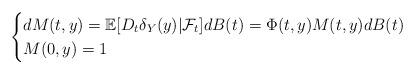
LaTeX: \begin{align*}\begin{cases}dM(t,y) = \mathbb{E}[D_t \delta_Y(y) | \mathcal{F}_t]dB(t)= \Phi(t,y)M(t,y) dB(t)\\M(0,y)=1\end{cases}\end{align*}